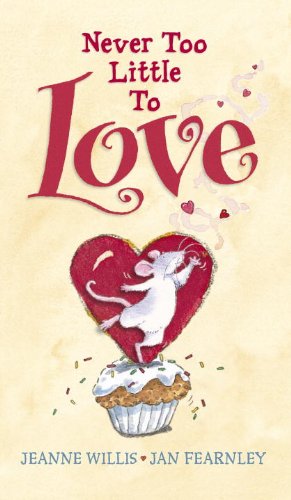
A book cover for Never Too Little to Love; Jeanne Willis; Children's Books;